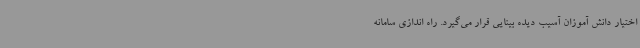
اختیار دانش آموزان آسیب دیده بینایی قرار می‌گیرد. راه اندازی سامانه